Vaccine operations Central Provinces 1886-1899 - 1886-1899
Year: 1886
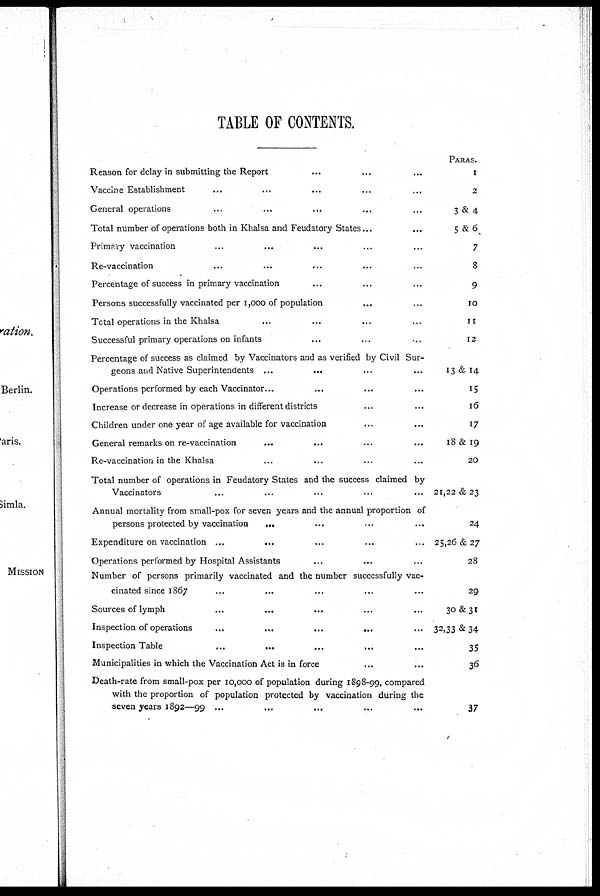
TABLE OF CONTENTS.
Reason for delay in submitting the Report ... ... ...
Vaccine Establishment ... ... ... ... ...
General operations ... ... ... ... ...
Total number of operations both in Khalsa and Feudatory States... ...
Primary vaccination ... ... ... ... ...
Re-vaccination
...
...
...
...
...
Percentage of success in primary vaccination ... ... ...
Persons successfully vaccinated per 1,000 of population ... ...
Total operations in the Khalsa ... ... ...
Successful primary operations on infants ... ... ...
Percentage of success as claimed by Vaccinators and as verified by Civil Sur-
geons and Native Superintendents ... ... ... ... ... ...
Operations performed by each Vaccinator... ... ... ... ...
Increase or decrease in operations in different districts ... ...
Children under one year of age available for vaccination ... ...
General remarks on re-vaccination ... ... ... ...
Re-vaccination in the Khalsa ... ... ... ...
Total number of operations in Feudatory States and the success claimed by
Vaccinators ... ... ... ... ...
Annual mortality from small-pox for seven years and the annual proportion of
persons protected by vaccination
... ... ... ... ...
Expenditure on vaccination ... ... ... ... ...
Operations performed by Hospital Assistants ... ... ...
Number of persons primarily vaccinated and the number successfully vac-
cinated since 1867 ... ... ... ... ...
Sources of lymph ... ... ... ...
Inspection of operations
...
...
...
...
Inspection Table ... ... ... ...
Municipalities in which the Vaccination Act is in force ... ...
Death-rate from small-pox per 10,000 of population during 1898-99, compared
with the proportion of population protected by vaccination during the
seven years 1892—99 ... ... ... ...
PARAS.
1
2
3&4
5 &6
7
8
9
10
11
12
13 & 14
15
16
17
18 & 19
20
21,22 & 23
24
25,26 & 27
28
29
30&3I
32,33 & 34
35
36
37